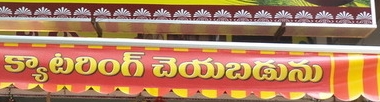
Language: telugu
Transcription: క్యాటరింగ్ చెయబడును